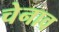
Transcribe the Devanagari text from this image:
चेनाव